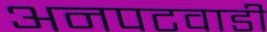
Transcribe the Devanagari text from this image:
अनपटवाडी